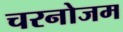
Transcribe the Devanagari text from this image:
चरनोजम